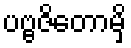
ပဗ္ဗဇိတောမှိ